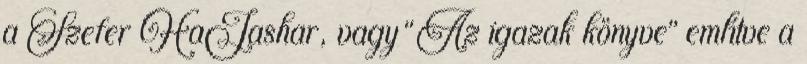
a Szefer HaJashar, vagy “Az igazak könyve” említve a